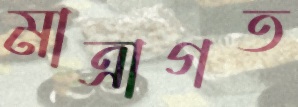
মাত্রাগত